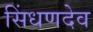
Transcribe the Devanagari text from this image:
सिंधणदेव